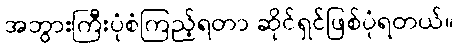
အဘွားကြီးပုံစံကြည့်ရတာ ဆိုင်ရှင်ဖြစ်ပုံရတယ်။